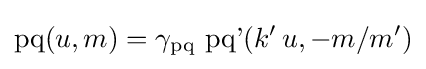
\operatorname {pq} (u,m)=\gamma _{\operatorname {pq} }\,\operatorname {pq'} (k'\,u,-m/m')